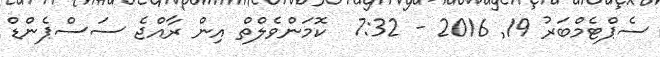
ސެޕްޓެމްބަރު 19